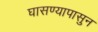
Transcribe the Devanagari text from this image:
घासण्यापासुन